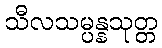
သီလသမ္ပန္နသုတ္တ